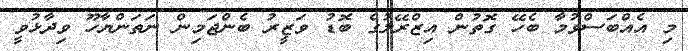
މި އެއްބަސްވުމާ ބެހޭ ގޮތުން އިޒްރޭލުގެ ބޮޑު ވަޒީރު ބެންޖަމިން ނަތަންޔާހޫ ވިދާޅުވީ